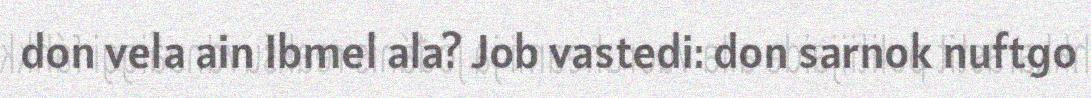
don vela ain Ibmel ala? Job vastedi: don sarnok nuftgo